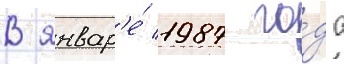
В январ'е́ 1987 го́да